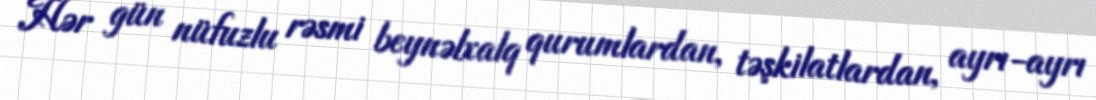
Hər gün nüfuzlu rəsmi beynəlxalq qurumlardan, təşkilatlardan, ayrı-ayrı